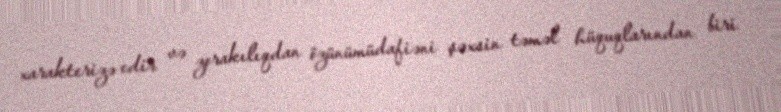
xarakterizə edir və zorakılıqdan özünümüdafiəni şəxsin təməl hüquqlarından biri